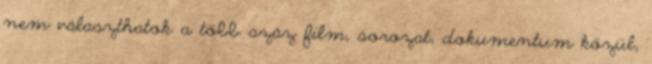
nem választhatok a több száz film, sorozat, dokumentum közül,